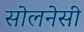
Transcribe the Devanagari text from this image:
सोलनेसी